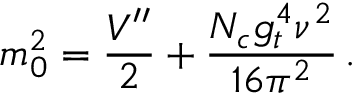
m _ { 0 } ^ { 2 } = \frac { V ^ { \prime \prime } } { 2 } + \frac { N _ { c } g _ { t } ^ { 4 } \nu ^ { 2 } } { 1 6 \pi ^ { 2 } } \, .